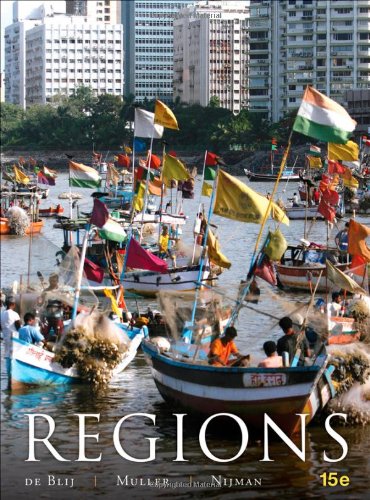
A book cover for Geography: Realms, Regions and Concepts, 15th Edition; Harm J. de Blij; Science & Math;